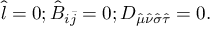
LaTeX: \hat { l } = 0 ; \hat { B } _ { i \bar { j } } = 0 ; D _ { \hat { \mu } \hat { \nu } \hat { \sigma } \hat { \tau } } = 0 .